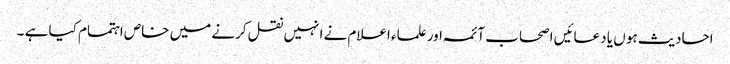
احادیث ہو ں یا دعائیں اصحاب آئمہ اور علماء اعلام نے انہیں نقل کرنے میں خاص اہتمام کیا ہے ۔